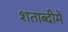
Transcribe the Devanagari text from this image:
शताब्‍दीमें